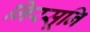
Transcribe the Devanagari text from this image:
निरसूनि